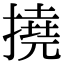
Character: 撓